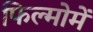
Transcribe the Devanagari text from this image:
फिल्मोमें